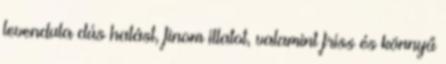
levendula dús hatást, finom illatot, valamint friss és könnyű